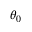
\theta _ { 0 }